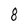
Character: 8